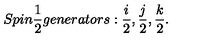
S p i n \frac { 1 } { 2 } g e n e r a t o r s : \frac { i } { 2 } , \frac { j } { 2 } , \frac { k } { 2 } .